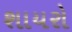
શાયરો